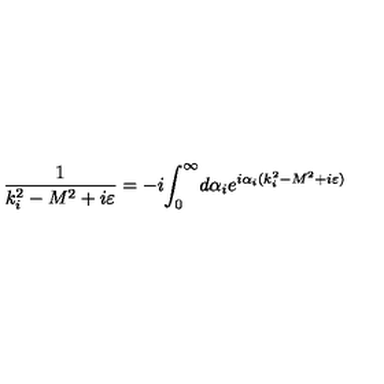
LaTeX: \frac 1 { k _ { i } ^ { 2 } - M ^ { 2 } + i \varepsilon } = - i { \int _ { 0 } ^ { \infty } } d \alpha _ { i } e ^ { i \alpha _ { i } ( k _ { i } ^ { 2 } - M ^ { 2 } + i \varepsilon ) }